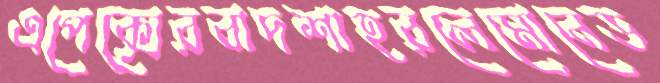
এপেক্সেরবাদশাহরলেমোনেড